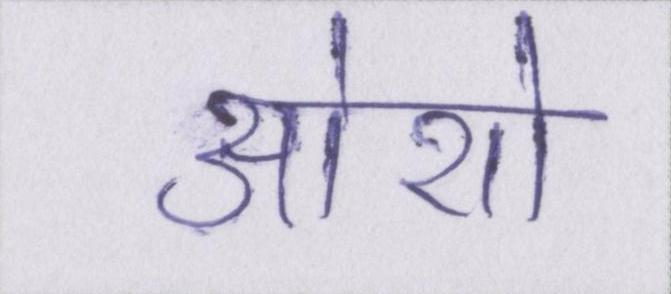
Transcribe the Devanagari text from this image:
ओशो